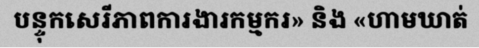
បន្ទុកសេរីភាពការងារកម្មករ» និង «ហាមឃាត់